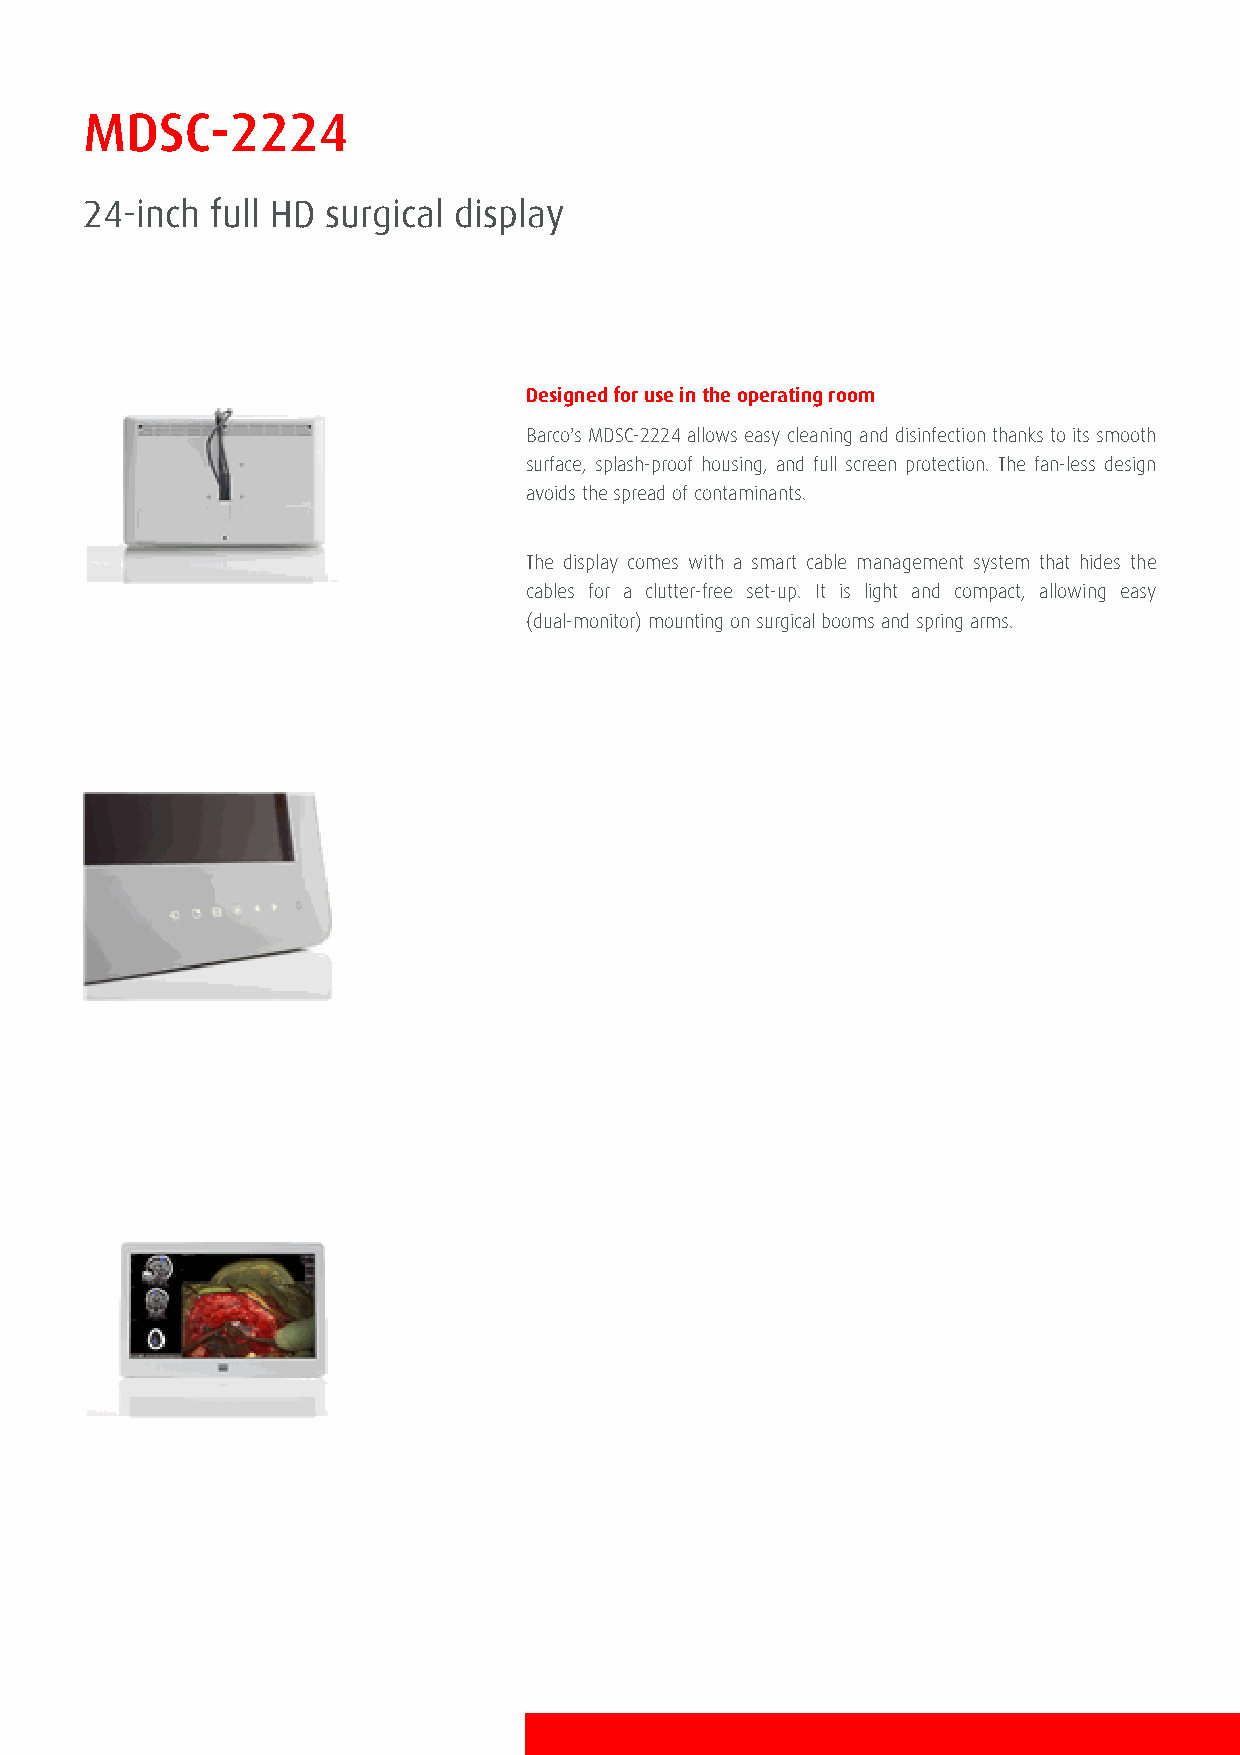
MDSC­2224
 24­inch full HD surgical display
 Designed for use in the operating room
 Barco's MDSC­2224 allows easy cleaning and disinfection thanks to its smooth
 surface, splash­proof housing, and full screen protection. The fan­less design
 avoids the spread of contaminants.
 The display comes with a smart cable management system that hides the
 cables for a clutter­free set­up. It is light and compact, allowing easy
 (dual­monitor) mounting on surgical booms and spring arms.